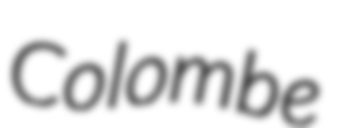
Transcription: Colombe